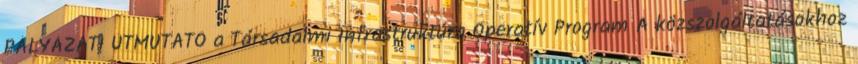
PÁLYÁZATI ÚTMUTATÓ a Társadalmi Infrastruktúra Operatív Program A közszolgáltatásokhoz